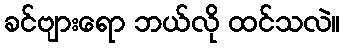
ခင်ဗျားရော ဘယ်လို ထင်သလဲ။